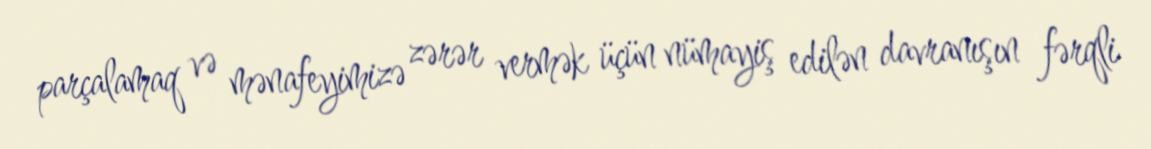
parçalamaq və mənafeyimizə zərər vermək üçün nümayiş edilən davranışın fərqli